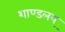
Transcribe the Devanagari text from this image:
शाण्डलय्